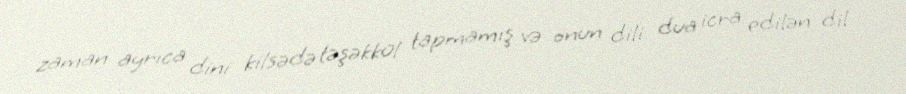
zaman ayrıca dini kilsədə təşəkkül tapmamış və onun dili dua icra edilən dil